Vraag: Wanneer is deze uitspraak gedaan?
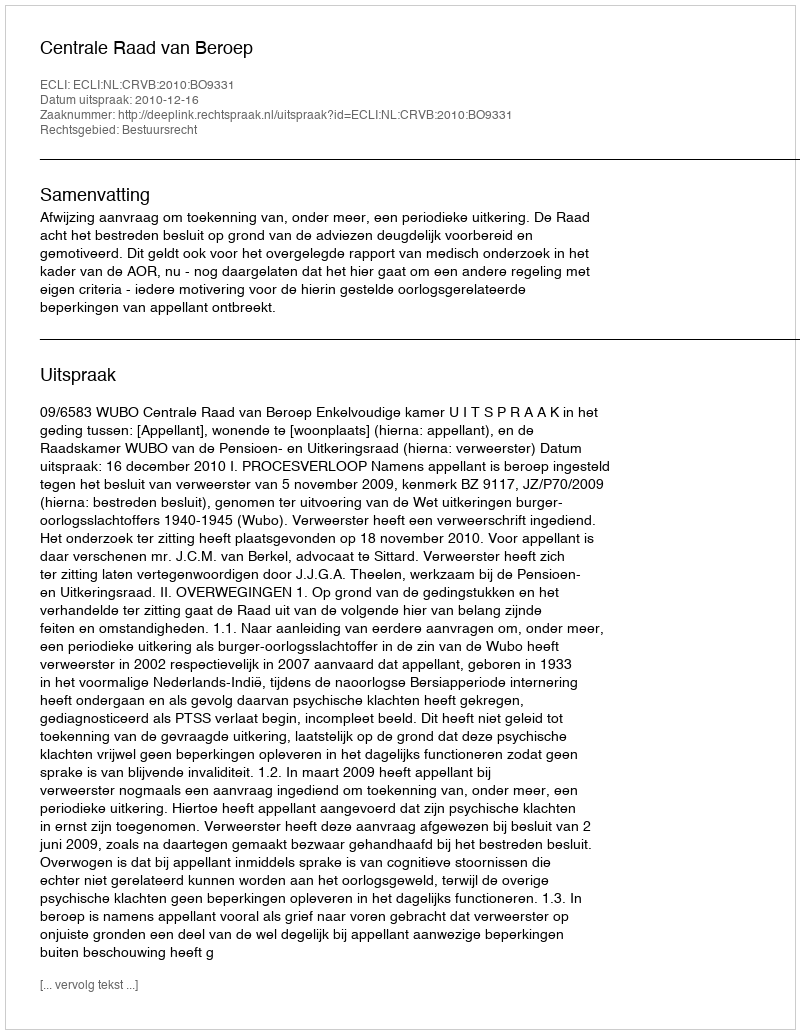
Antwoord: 2010-12-16